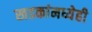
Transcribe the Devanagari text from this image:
खडकांमध्येही